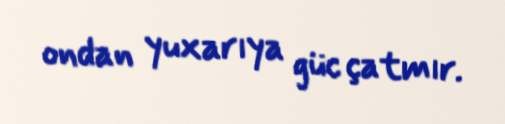
ondan yuxarıya güc çatmır.